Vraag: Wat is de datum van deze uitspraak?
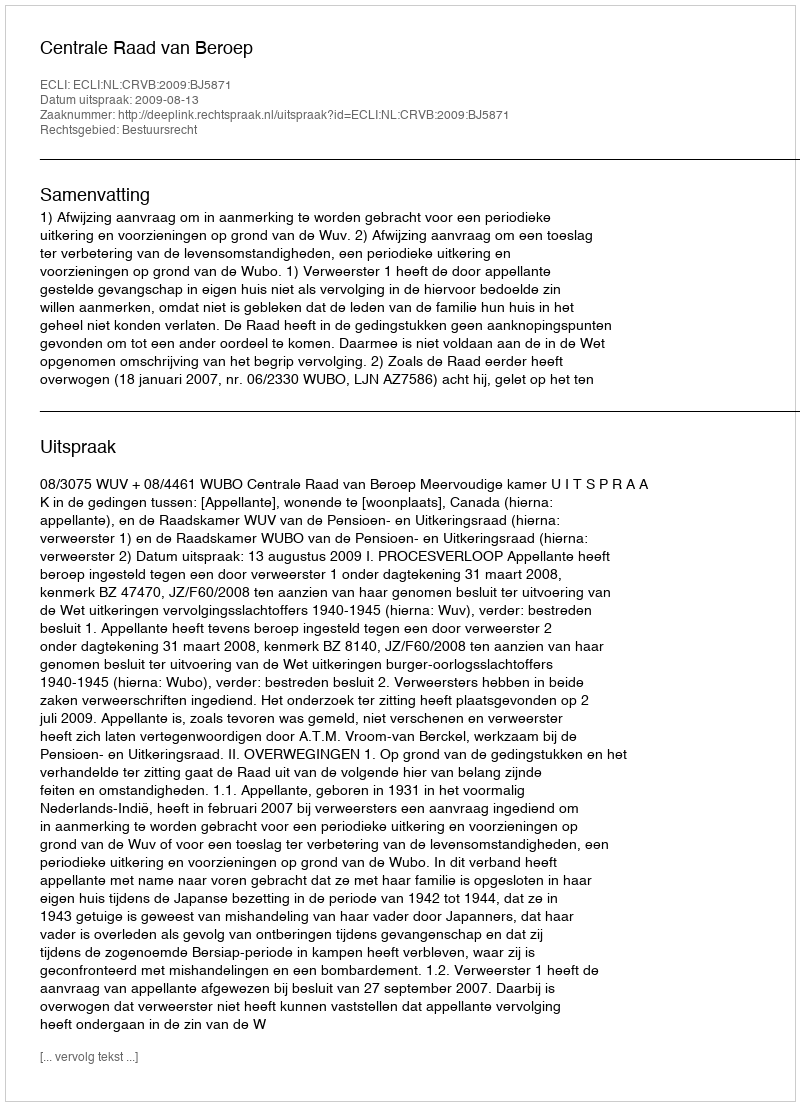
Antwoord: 2009-08-13